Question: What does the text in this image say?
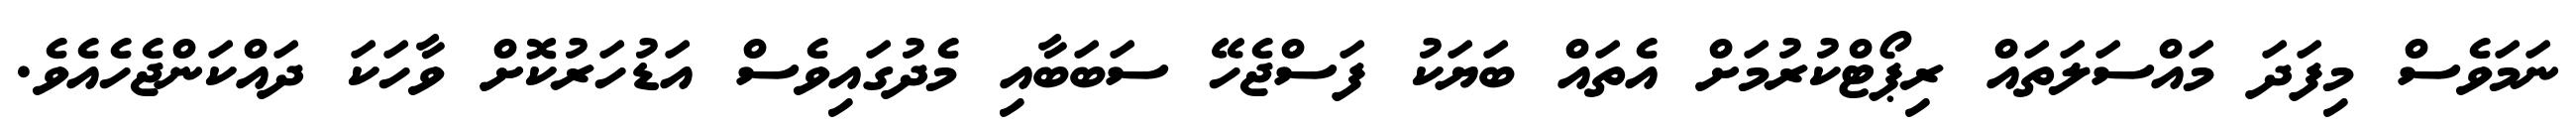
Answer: ނަމަވެސް މިފަދަ މައްސަލަތައް ރިޕޯޓްކުރުމަށް އެތައް ބަޔަކު ފަސްޖެހޭ ސަބަބާއި މެދުގައިވެސް އަޑުހަރުކޮށް ވާހަކަ ދައްކަންޖެހެއެވެ.